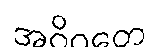
အဝိဂတေ